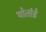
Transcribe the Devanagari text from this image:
थोतांडे